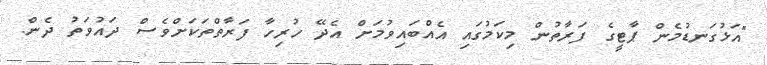
"އަޅުގަނޑުމެން ޕާޓީގެ ފަރާތުން މިކަމުގައި އެއްބައިވުމަށް އެދޭ ހުރިހާ ފަރާތްތަކަށްވެސް ދައުވަތު ދެން.